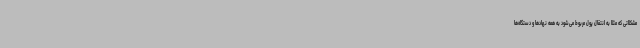
مشکلاتی که مثلا به انتقال پول مربوط می‌شود به همه نهادها و دستگاه‌ها